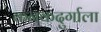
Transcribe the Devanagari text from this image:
कनकदुर्गाला